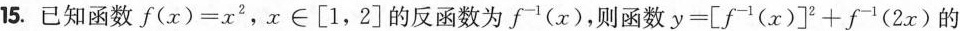
15.已知函数f(x)=x2，x∈[1，2]的反函数为f-1(x)，则函数y=[f-1(x)]2+f-1(2x)的